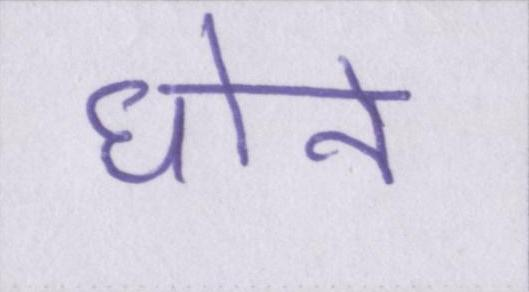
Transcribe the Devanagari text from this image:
धोने